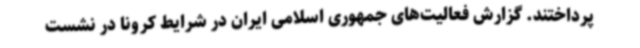
پرداختند. گزارش فعالیت‌های جمهوری اسلامی ایران در شرایط کرونا در نشست